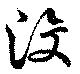
浸